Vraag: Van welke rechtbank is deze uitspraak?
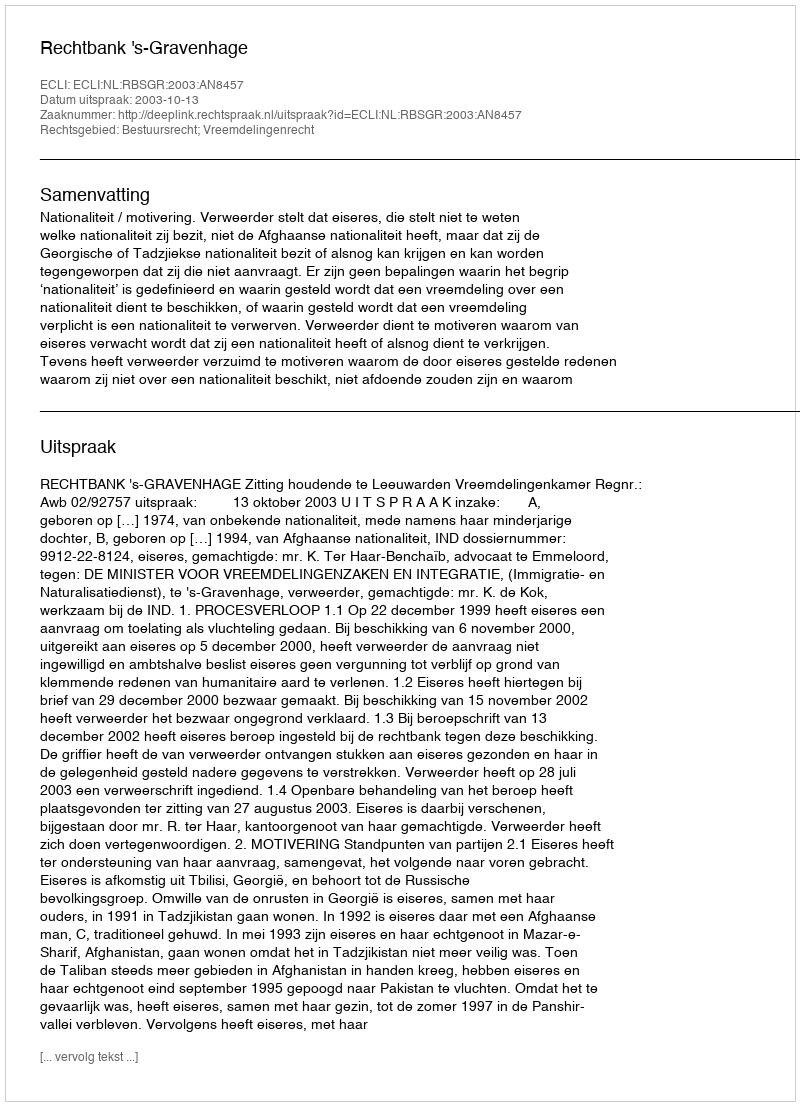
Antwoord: Rechtbank 's-Gravenhage